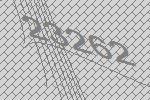
23262